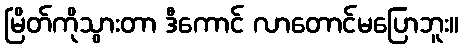
မြိတ်ကိုသွားတာ ဒီကောင် လာတောင်မပြောဘူး။